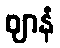
ဈာနံ